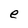
Character: e